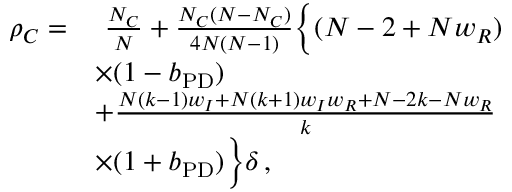
\begin{array} { r l } { \rho _ { C } = } & { ~ \frac { N _ { C } } { N } + \frac { N _ { C } ( N - N _ { C } ) } { 4 N ( N - 1 ) } \bigg \{ ( N - 2 + N w _ { R } ) } \\ & { \times ( 1 - b _ { \mathrm { P D } } ) } \\ & { + \frac { N ( k - 1 ) w _ { I } + N ( k + 1 ) w _ { I } w _ { R } + N - 2 k - N w _ { R } } { k } } \\ & { \times ( 1 + b _ { \mathrm { P D } } ) \bigg \} \delta \, , } \end{array}